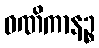
ဝဏိကာနဉ္စ